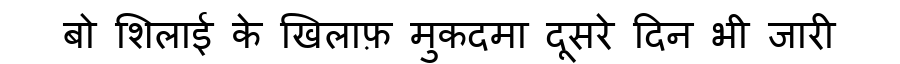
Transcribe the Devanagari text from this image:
बो शिलाई के खिलाफ़ मुकदमा दूसरे दिन भी जारी